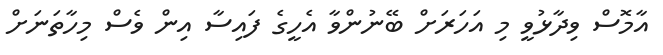
އާމޮސް ވިދާޅުވީ މި އަހަރަށް ބޭނުންވާ އެހީގެ ފައިސާ އިން ވެސް މިހާތަނަށް